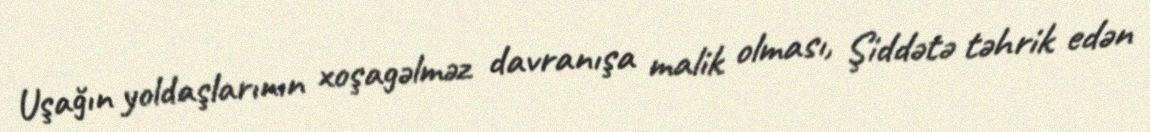
Uşağın yoldaşlarının xoşagəlməz davranışa malik olması, Şiddətə təhrik edən